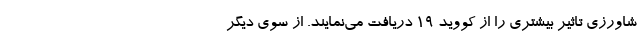
شاورزی تاثیر بیشتری را از کووید 19 دریافت می‌نمایند. از سوی دیگر